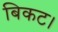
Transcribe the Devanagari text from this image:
बिकट।